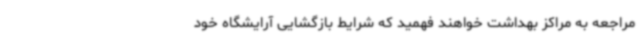
مراجعه به مراکز بهداشت خواهند فهمید که شرایط بازگشایی آرایشگاه خود